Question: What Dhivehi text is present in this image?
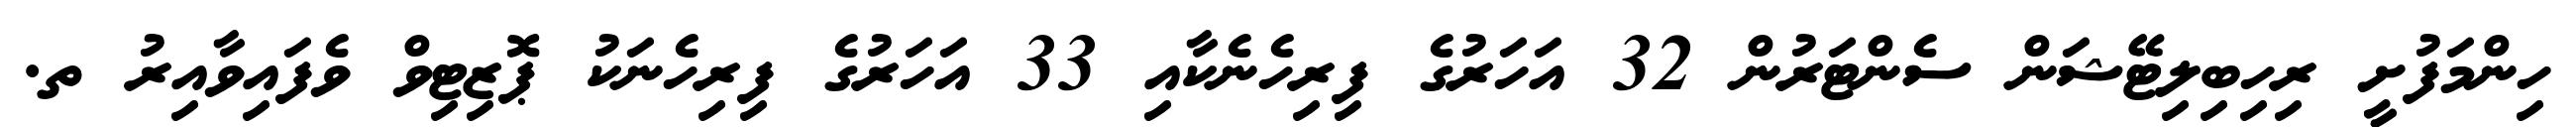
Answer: ހިންމަފުށީ ރިހިބިލިޓޭޝަން ސެންޓަރުން 32 އަހަރުގެ ފިރިހެނެކާއި 33 އަހަރުގެ ފިރިހެނަކު ޕޮޒިޓިވް ވެފައިވާއިރު ތ.